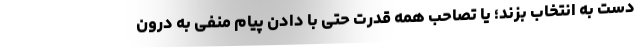
دست به انتخاب بزند؛ یا تصاحب همه قدرت حتی با دادن پیام منفی به درون